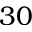
3 0